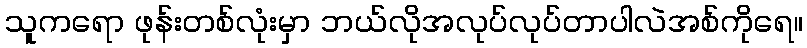
သူကရော ဖုန်းတစ်လုံးမှာ ဘယ်လိုအလုပ်လုပ်တာပါလဲအစ်ကိုရေ။